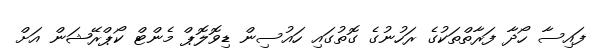
ފައިސާ ހޯދާ ފަރާތްތަކުގެ ރަހުނުގެ ގޮތުގައި ހައުސިން ޑިވޮލޮޕް މެންޓް ކޯޕްރޭޝަން އަށް